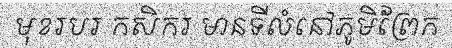
មុខរបរ កសិករ មានទីលំនៅភូមិព្រែក